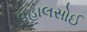
વહાલસોઈ